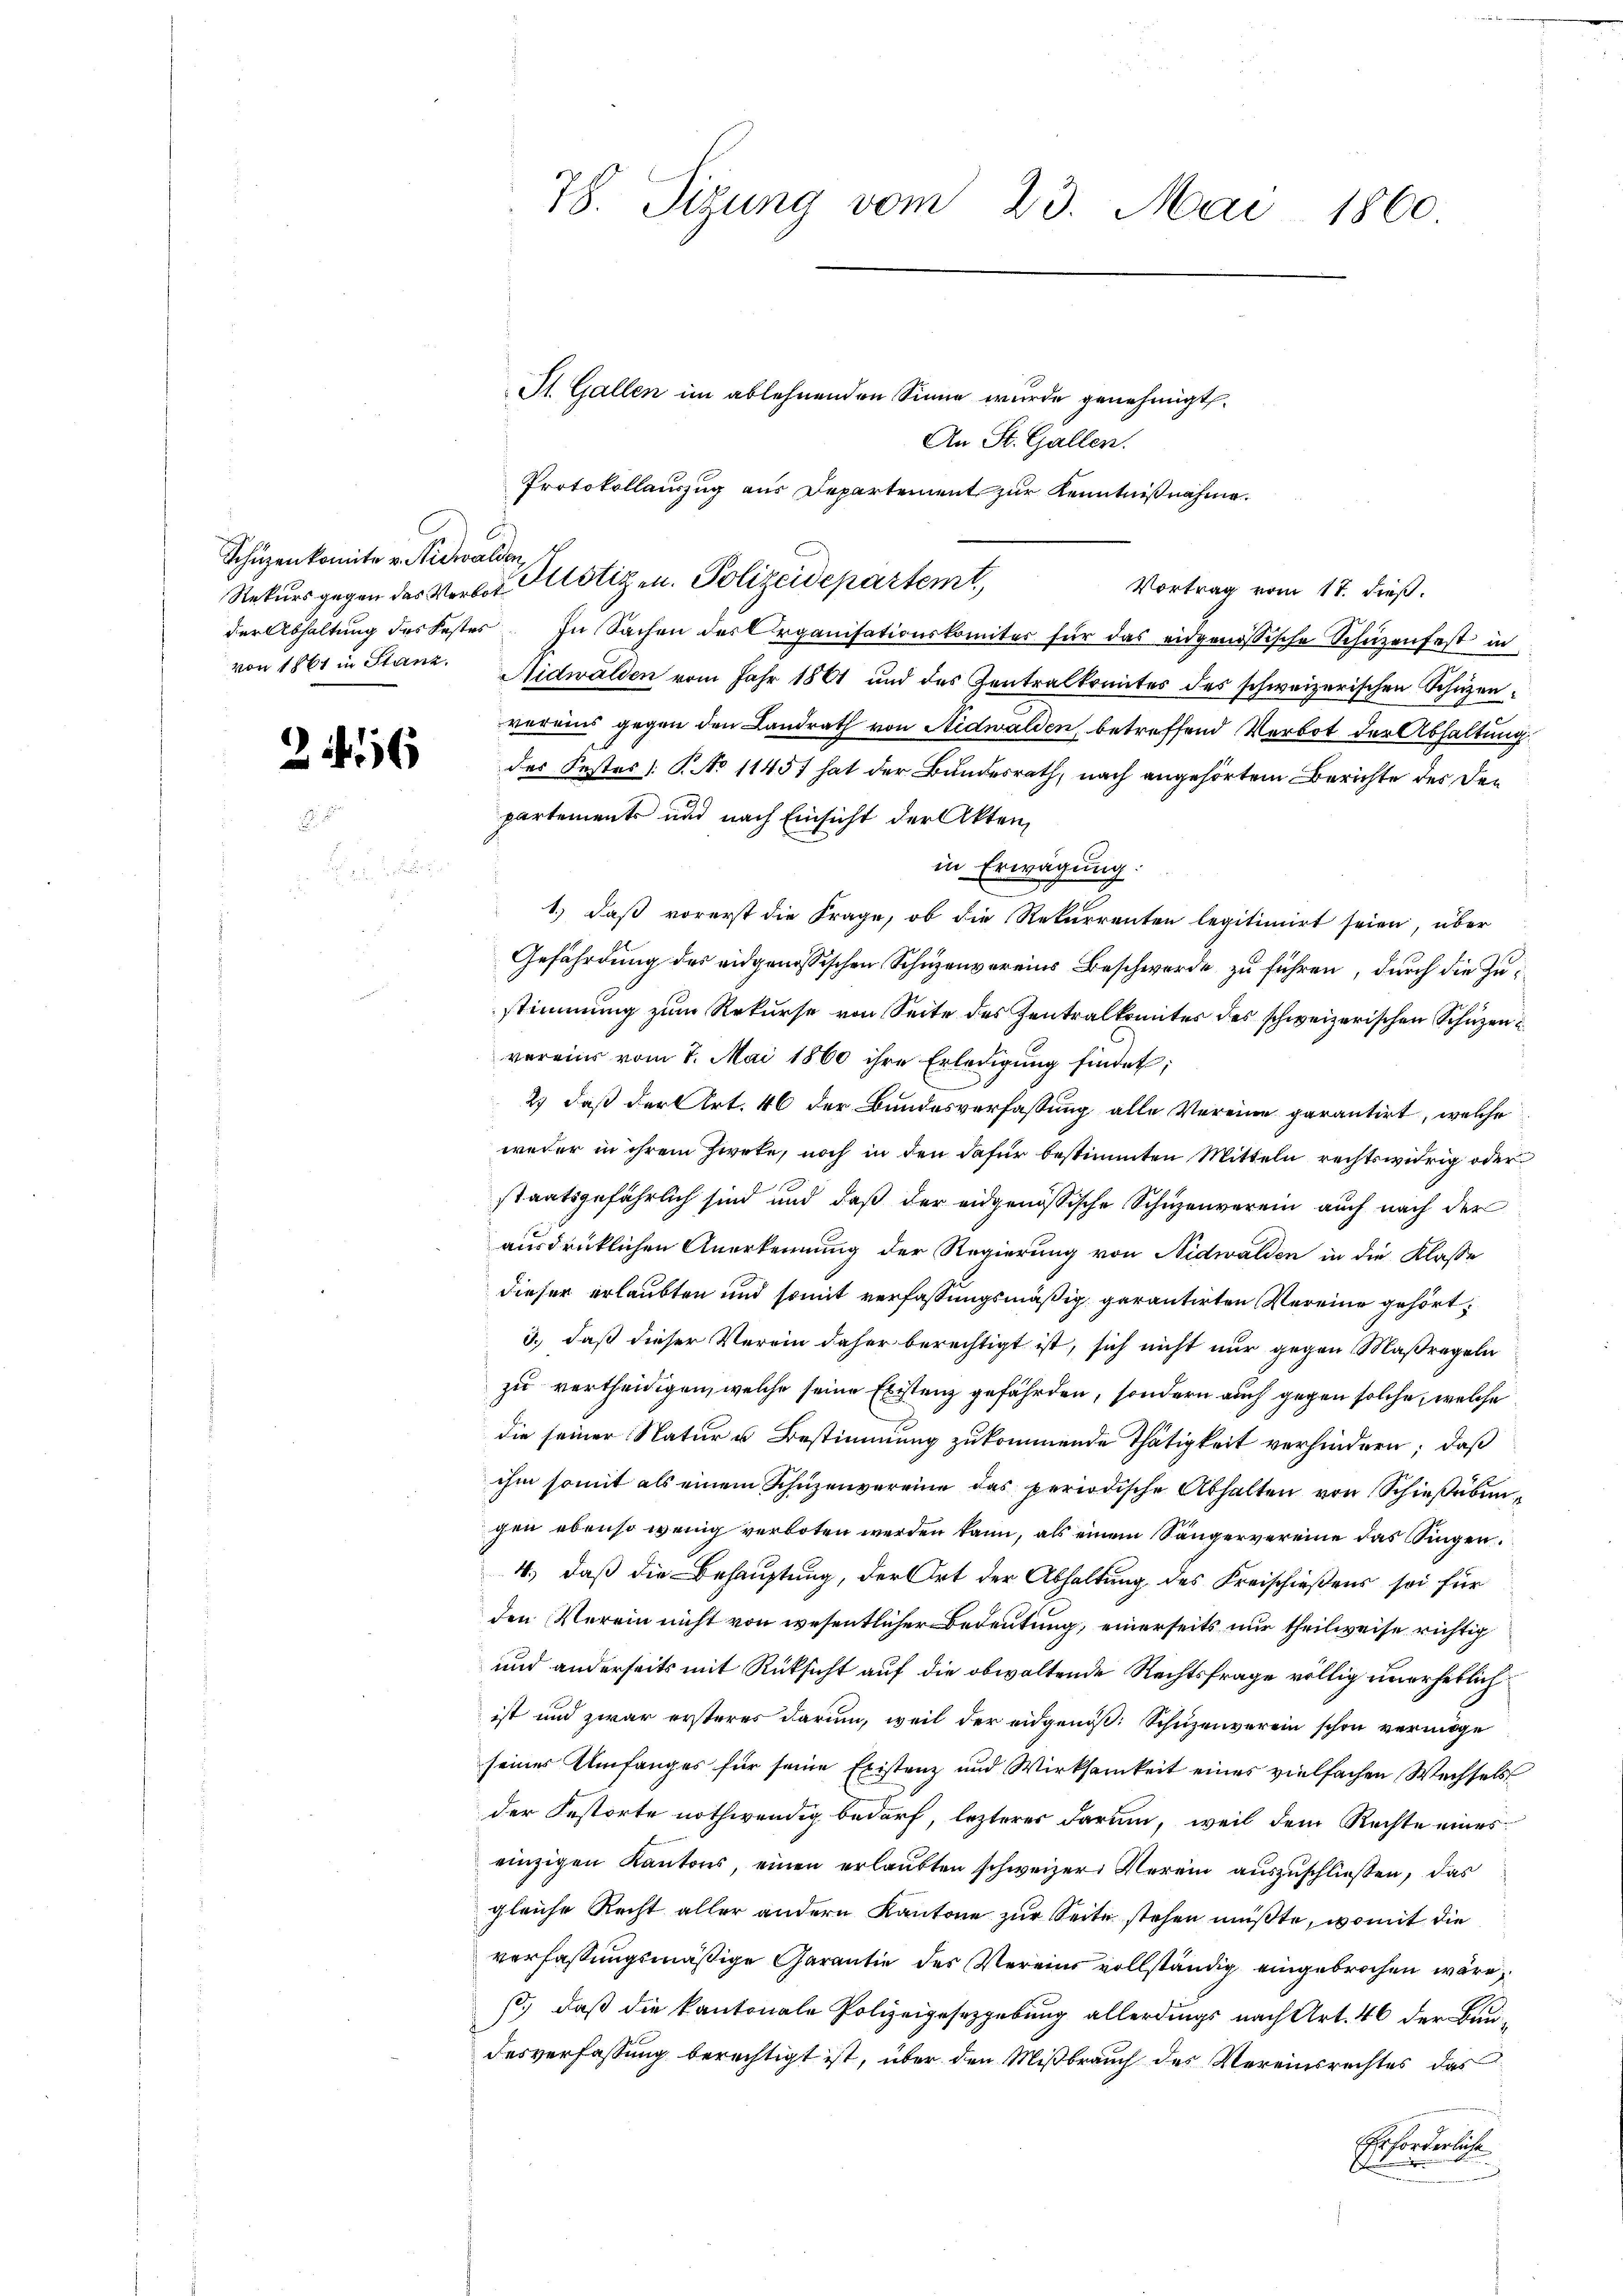
Schüzenkomite v. Nidwalden

6

St. Gallen im ablehnenden Sinne wurde genehmigt.
An St. Gallen.
Protokollauszug aus Departement zur Kenntnißnahme.
der Abhaltung des Fester. In Sachen des Organisationskomites für das eidgenössische Schüzenfest in
von 1861 in Stanz. Nidwalden vom Jahr 1861 und des Zentralkomites des schweizerischen Schüzenvereins gegen den Landrath von Nidwalden, betreffend Verbot der Abhaltung
des Festes: P. No 11457 hat der Bundesrath, nach angehörtem Berichte des Den
partements und nach Einsicht der Akten,
in Erwägung:
1.) daß vorerst die Frage, ob die Rekurrenten legitimirt seien, über
Gefährdung des eidgenössischen Schüzenvereins Beschwerde zu führen, durch die Zustimmung zum Rekurse von Seite des Zentralkomites des schweizerischen Schüzen u
vereins vom 7. Mai 1860 ihre Erledigung findet;
2) daß der Art. 46 der Bundesverfassung alle Vereine garantirt, welche
weder in ihrem Zweke, noch in den dafür bestimmten Mitteln rechtswidrig oder
staatsgefährlich sind und daß der eidgenössische Schüzenverein auch nach der
ausdrücklichen Anerkennung der Regierung von Nidwalden in die Klasse
dieser erlaubten und somit verfassungsmäßig garantirten Vereine gehört:
3., daß dieser Verein daher berechtigt ist, sich nicht nur gegen Maßregeln
zu vertheidigen, welche seine Existenz gefährden, sondern auch gegen solche, welche
die seiner Natur u Bestimmung zukommende Thätigkeit verhindern; daß
ihm somit als einem Schüzenvereine das periodische Abhalten von Schießübun
gen ebenso wenig verboten werden kann, als einem Sängervereine das Singen.
4.) daß die Behauptung, der Ort der Abhaltung des Kreischießens sei für
den Verein nicht von wesentlicher Bedeutung, einerseits nur theilweise richtig
und anderseits mit Rüksicht auf die obwaltende Rechtsfrage völlig unerheblich
ist und zwar ersteres darum, weil der eidgenöß: Schuzenverein schon vermöge
seiner Umfanges für seine Existenz und Wirksamkeit eines vielfachen Wechsels
der Festorte nothwendig bedarf, lezteres darum, weil dem Rechte eines
einzigen Kantons, einen erlaŭbten schweizer Verein auszuschließen, das
gleiche Recht aller andern Kantone zur Seite stehen müßte, womit die
verfassungsmäßige Garantie des Vereins vollständig eingebrochen wäre,
s., daß die kantonale Polizeigesetzgebung allerdings nach Art. 46 der Baudesverfassung berechtigt ist, über den Mißbrauch des Vereinsrechtes das
Erforderlich

78. Sizung vom 23. Mai 1860.

Rekurs gegen des Verlor Klötiz u. Polizeidepartemt,

Vortrag vom 17. dieß.